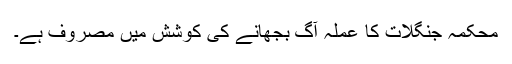
محکمہ جنگلات کا عملہ آگ بجھانے کی کوشش میں مصروف ہے۔